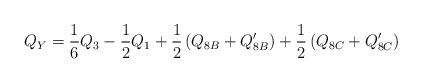
LaTeX: \begin{align*}Q_Y = \frac{1}{6} Q_3 - \frac{1}{2} Q_1+ \frac{1}{2} \left( Q_{8B} + Q_{8B}' \right)+ \frac{1}{2} \left( Q_{8C} + Q_{8C}' \right)\end{align*}